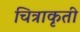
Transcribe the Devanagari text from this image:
चित्राकृती